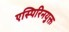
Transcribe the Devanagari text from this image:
एस्पिरिनयुक्त